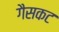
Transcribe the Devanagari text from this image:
गैसकट